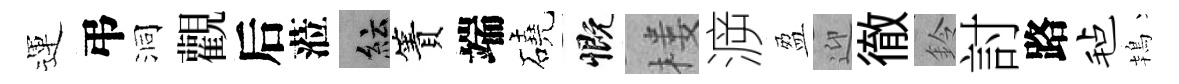
運弔洞觀后蒞紜簀端磽慨楼㴑盈迎徹鈴討路毡鴇